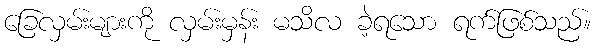
ခြေလှမ်းများကို လှမ်းမှန်း မသိလ ခဲ့ရသော ရက်ဖြစ်သည်။